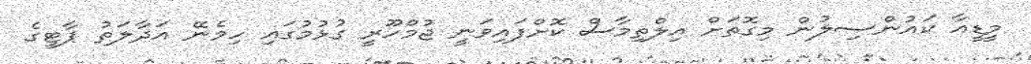
މީޑީއާ ކައުންސިލުން މިގޮތަށް އިލްތިމާސް ކޮށްފައިވަނީ ޖުމްހޫރީ ގުޅުމުގައި ހިމެނޭ އަދާލަތު ޕާޓީގެ